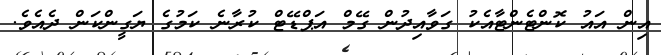
އިން އައު ކޮންޓެންޓާއެކު ގަވާއިދުން ގޭމް އަޕްޑޭޓް ކުރާނެ ކަމުގެ ޔަގީންކަން ދެއެވެ.